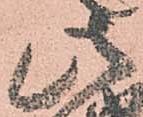
此